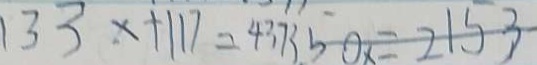
1 3 3 x + 1 1 7 = 4 3 7 3 5 0 x = 2 1 5 3 0 _ { x } = 2 1 5 3